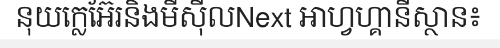
នុយក្លេអ៊ែរនិងមីស៊ីលNext អាហ្វហ្គានីស្ថាន៖